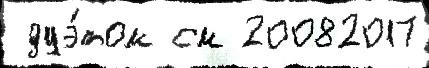
 дуэ́том см 20082017